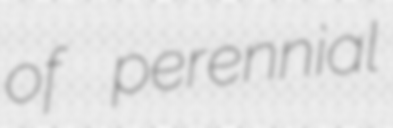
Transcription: of perennial